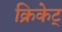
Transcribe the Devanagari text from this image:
क्रिकेट्